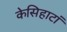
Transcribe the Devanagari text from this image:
केसिहाटां